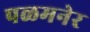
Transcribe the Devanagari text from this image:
पळमनेर